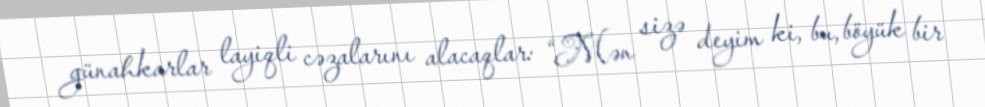
günahkarlar layiqli cəzalarını alacaqlar: “Mən sizə deyim ki, bu, böyük bir